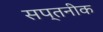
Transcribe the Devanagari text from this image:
सप्तनीक